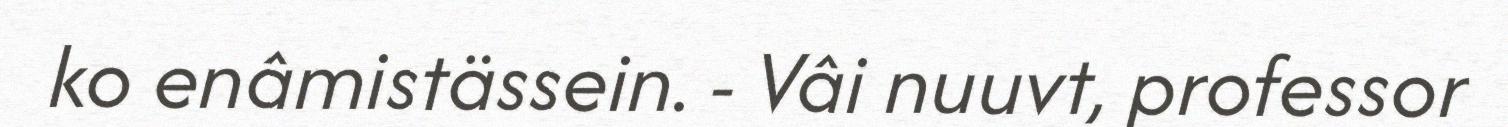
ko enâmistässein. - Vâi nuuvt, professor